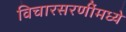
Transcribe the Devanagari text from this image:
विचारसरणींमध्ये